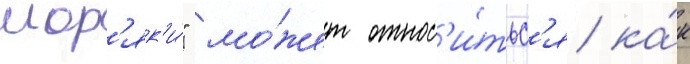
мор'як'и́" мо́жет относ'и́тьс'я ка́к